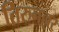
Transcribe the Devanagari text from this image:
तिरुनल्लर